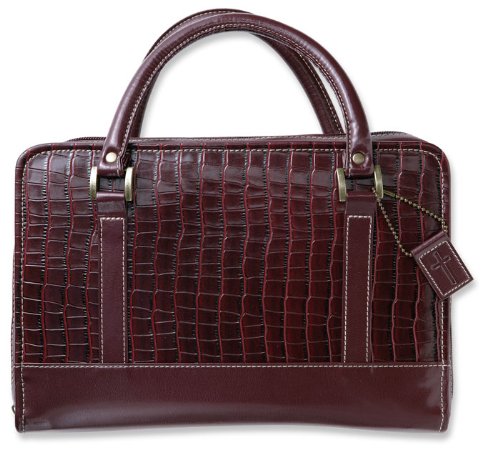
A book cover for Reptile Leather Extra Large Wine Bible Cover; Zondervan; Christian Books & Bibles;